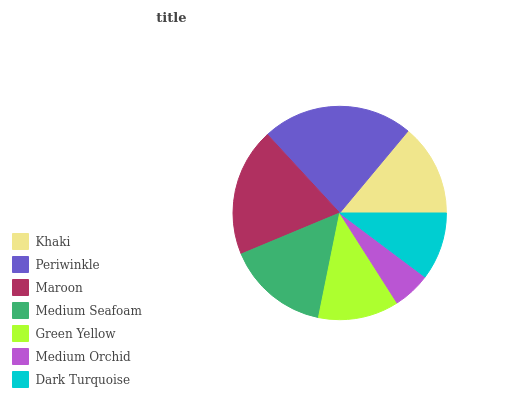
| Khaki | Periwinkle | Maroon | Medium Seafoam | Green Yellow | Medium Orchid | Dark Turquoise |
 | --- | --- | --- | --- | --- | --- | --- |
 | 13.9% | 22.9% | 19.4% | 15.5% | 12.2% | 5.73% | 10.2% |